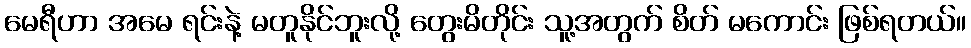
မေရီဟာ အမေ ရင်းနဲ့ မတူနိုင်ဘူးလို့ တွေးမိတိုင်း သူ့အတွက် စိတ် မကောင်း ဖြစ်ရတယ်။